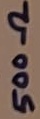
Text: 500Ω